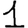
Digit: 1